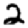
Digit: 2